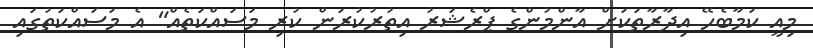
މިއީ ކަމާބެހޭ އިދާރާތަކަށް އާންމުންގެ ޕްރެޝަރު އިތުރުކުރަން ކުރި މަސައްކަތެއް" އެ މަސައްކަތުގައި